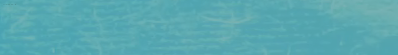
أحدث موديلات الهواتف الذك